Rangoon Lunatic Asylum 1878-1892 - 1878-1892
Year: 1878
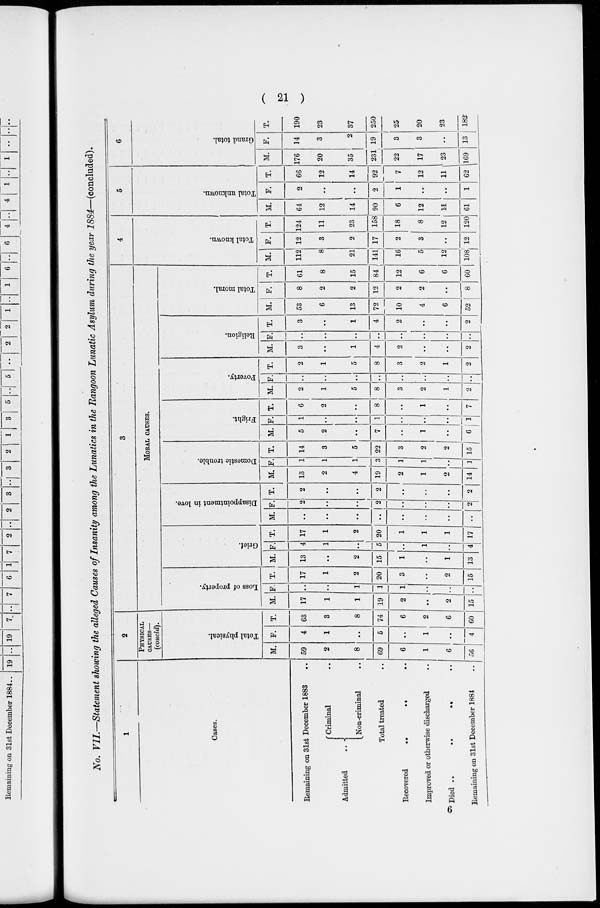
( 21 )
No. VII.—Statement showing the alleged Causes of Insanity among the Lunatics in the Rangoon Lunatic Asylum during the year 1884—(concluded).
1
Cases.
Remaining on 31st December 1883 ..
Admitted
.. Criminal ..
Non-criminal ..
Total treated ..
Recovered
..
..
..
Improved or otherwise discharged ..
Died
..
..
..
Remaining on 31st December 1884 ..
2
PHYSICAL
CAUSES—
(concld).
Total physical.
M.
59
2
8
69
6
1
6
56
F.
4
1
.. 5
..
1
..
4
T.
63
3
8
74
6
2
6
60
3
MORAL CAUSES.
Loss
of property.
M.
17
1
1
19
2
..
2
15
F.
..
..
1
1
1
..
..
..
T.
17
1
2
20
3
..
2
15
Grief.
M.
13
..
2
15
1
..
1
13
F.
4
1
.. 5
..
1
..
4
T.
17
1
2
20
1
1
1
17
Disappointment in love.
M.
..
..
..
..
..
..
..
..
F.
2
..
..
2
..
..
..
2
T.
2
..
..
2
..
..
..
2
Domestic trouble.
M,
13
2
4
19
2
1
2
14
F.
1
1
1
3
1
1
..
1
T.
14
3
5
22
3
2
2
15
Fright.
M.
5
2
..
7
..
1
..
6
F.
1
..
..
1
..
..
..
1
T.
6
2
..
8
..
1
..
7
Poverty.
M.
2
1
5
8
3
2
1
2
F.
..
..
..
..
..
..
..
..
T.
2
1
5
8
3
2
1
2
Religion.
M.
3
..
1
4
2
..
..
2
F.
..
..
..
..
..
..
..
..
T.
3
..
1
4
2
..
..
2
Total moral.
M.
53
6
13
72
10
4
6
52
F.
8
2
2
12
2
2
..
8
T.
61
8
15
84
12
6
6
60
4
Total known.
M.
112
8
21
141
16
5
12
108
F.
12
3
2
17
2
3
..
12
T.
124
11
23
158
18
8
12
120
5
Total unknown.
M.
64
12
14
90
6
12
11
61
F.
2
..
..
2
1
..
..
1
T.
66
12
14
92
7
12
11
62
6
Grand total.
M.
176
20
35
231
22
17
23
169
F.
14
3
2
19
3
3
..
13
T.
190
23
37
250
25
20
23
182
6